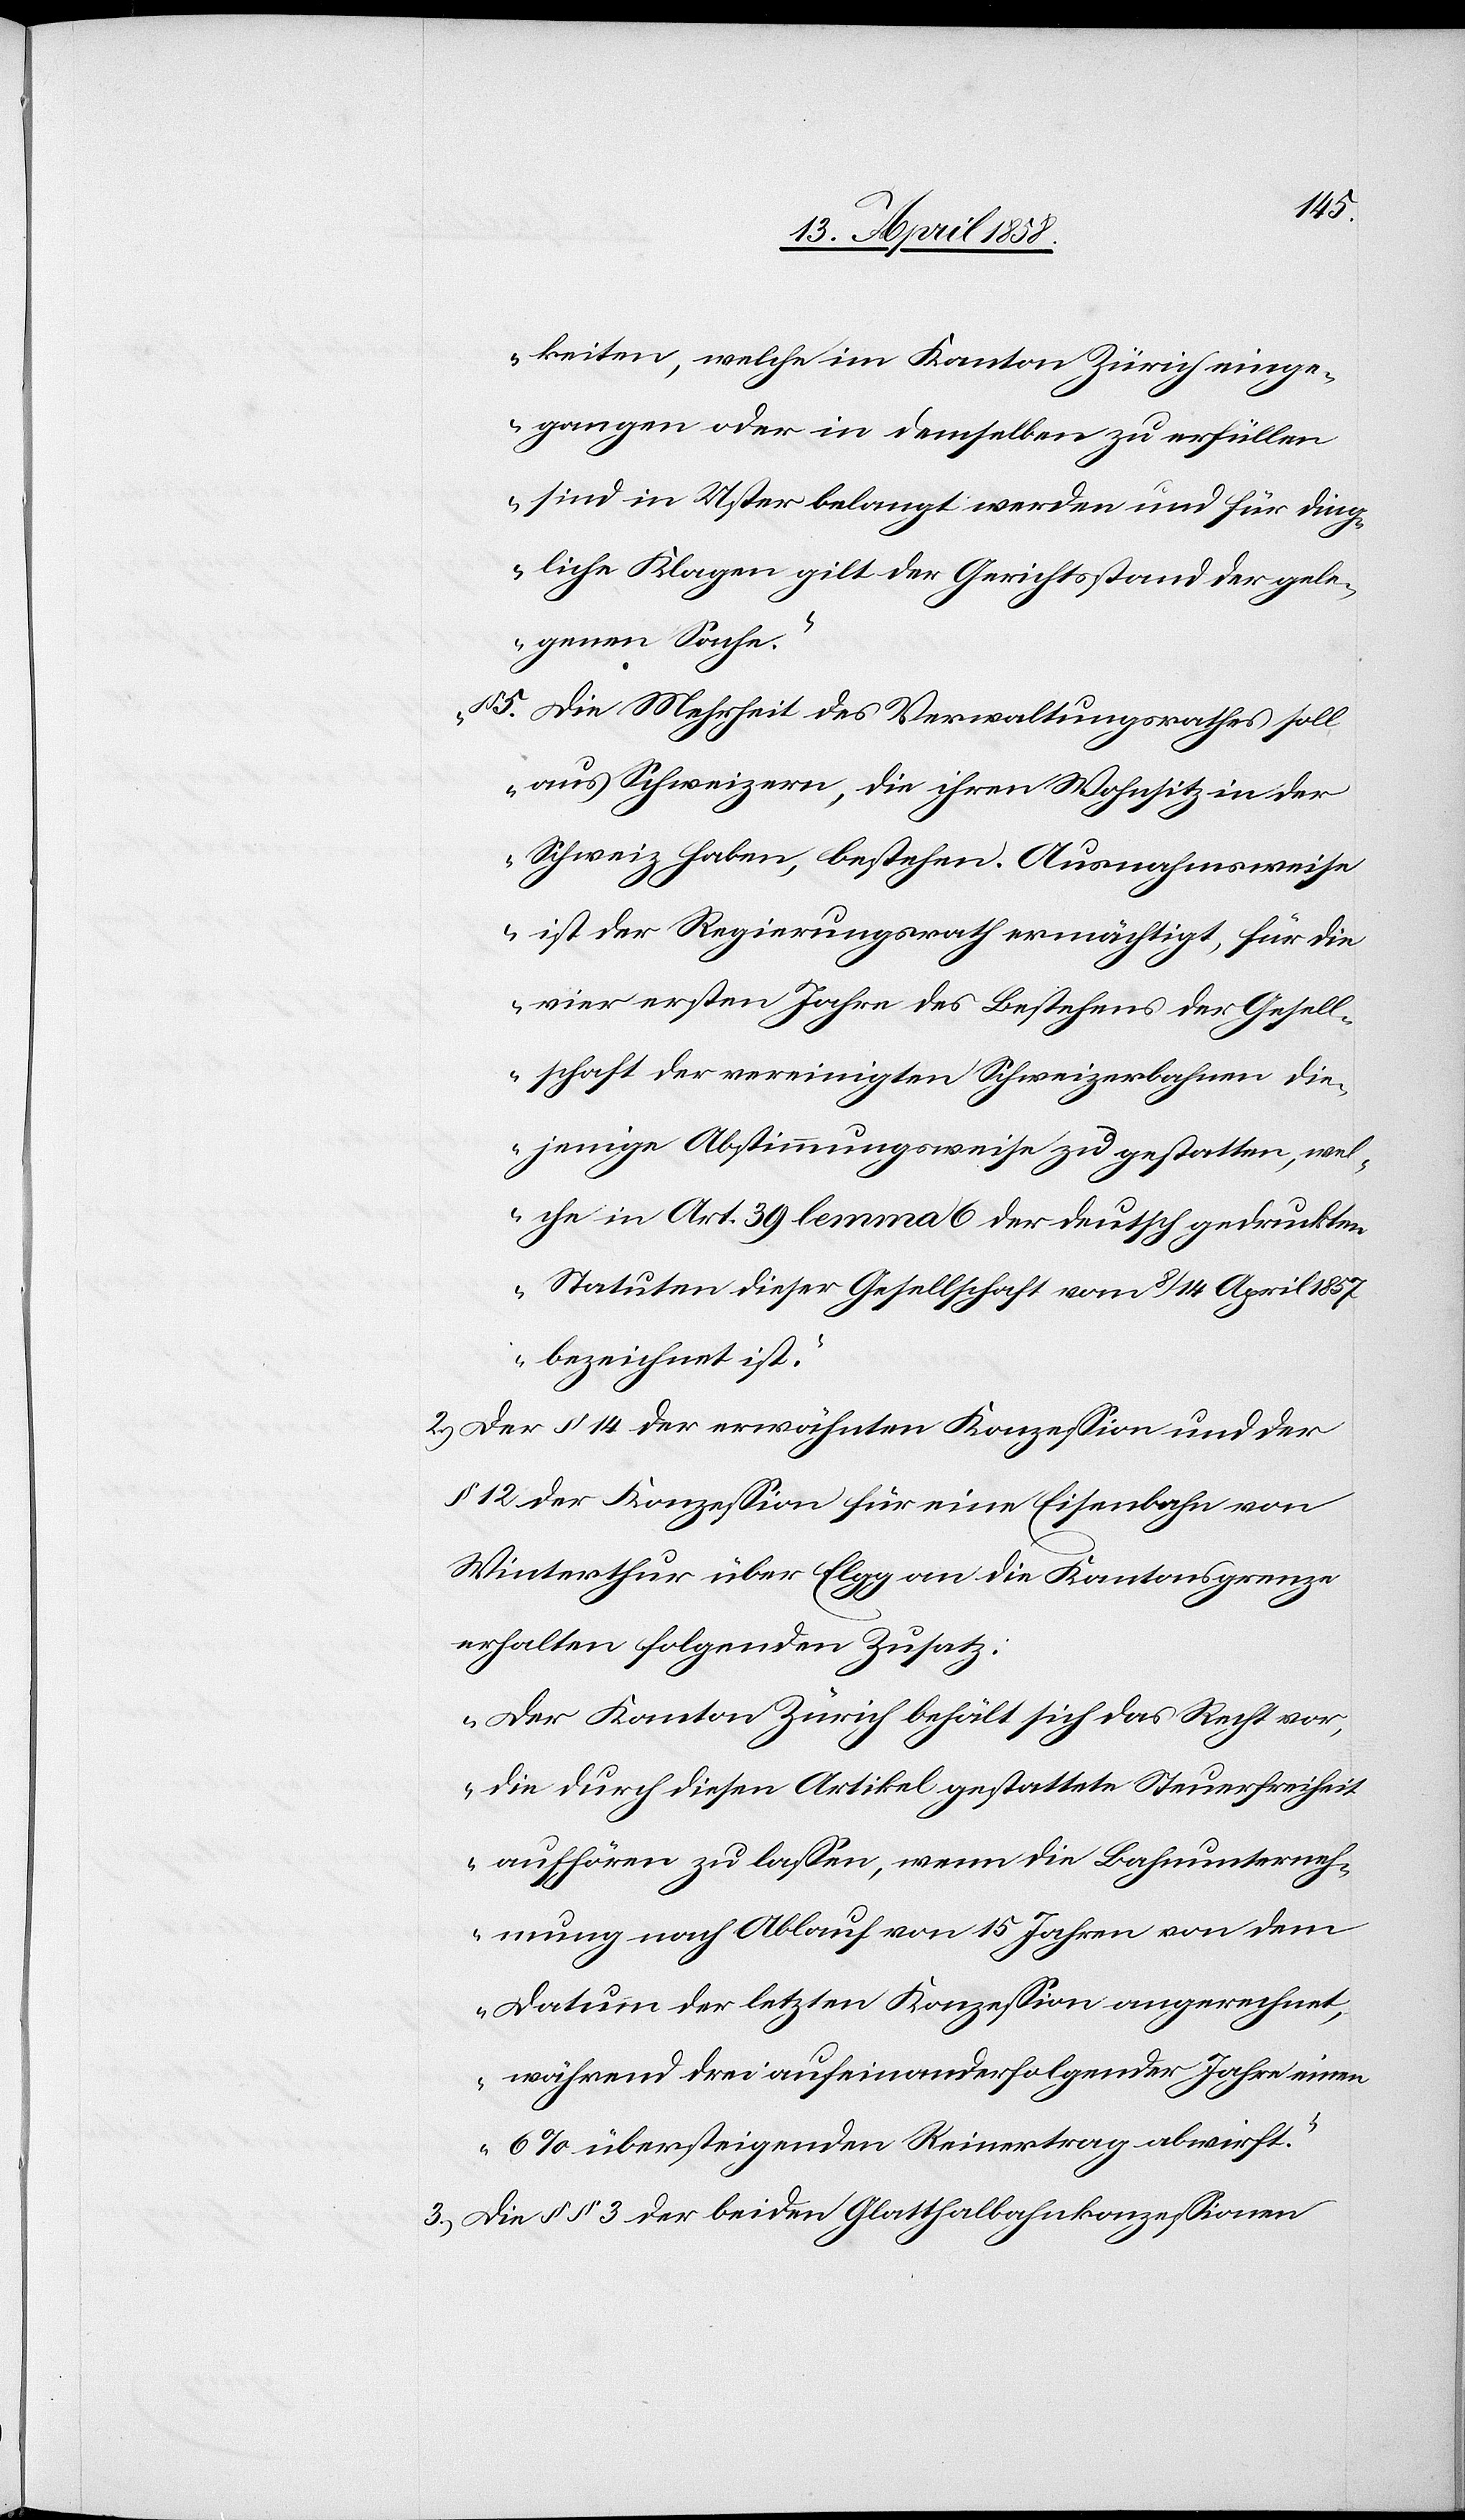
keiten, welche im Kanton Zürich einge¬
gangen oder in demselben zu erfüllen
sind in Uster belangt werden und für dring¬
liche Klagen gilt der Gerichtsstand der gele¬
genen Sache.
§ 5. Die Mehrheit des Verwaltungsrathes soll
aus Schweizern, die ihren Wohnsitz in der
Schweiz haben, bestehen. Ausnahmsweise
ist der Regierungsrath ermächtigt, für die
vier ersten Jahre des Bestehens der Gesell¬
schaft der vereinigten Schweizerbahnen die¬
jenige Abstimmungsweise zu gestatten, wel¬
che in Art. 39 lemma 6 der deutsch gedruckten
Statuten dieser Gesellschaft vom 8/14. April 1857
bezeichnet ist.“
2.) Der § 14 der erwähnten Konzession und der
§ 12 der Konzession für eine Eisenbahn von
Winterthur über Elgg an die Kantonsgrenze
erhalten folgenden Zusatz:
„Der Kanton Zürich behält sich das Recht vor,
die durch diesen Artikel gestattete Steuerfreiheit
aufhören zu lassen, wenn die Bahnunterneh¬
mung nach Ablauf von 15 Jahren von dem
Datum der letzten Konzession angerechnet,
während drei aufeinanderfolgender Jahre einen
6% übersteigenden Reinertrag abwirft.“
3.) Die §§ 3 der beiden Glatthalbahnkonzessionen